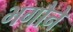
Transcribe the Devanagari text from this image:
भगौने